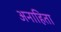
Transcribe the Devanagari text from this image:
अनाहिता